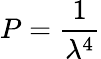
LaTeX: P={\frac{1}{\lambda^{4}}}